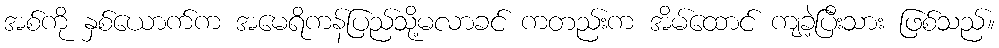
အစ်ကို နှစ်ယောက်က အမေရိကန်ပြည်သို့မလာခင် ကတည်းက အိမ်ထောင် ကျခဲ့ပြီးသား ဖြစ်သည်။